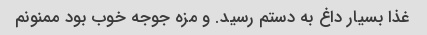
غذا بسیار داغ به دستم رسید. و مزه جوجه خوب بود ممنونم